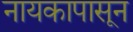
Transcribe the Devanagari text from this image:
नायकापासून